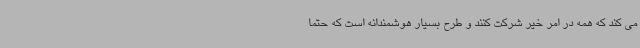
می کند که همه در امر خیر شرکت کنند و طرح بسیار هوشمندانه است که حتما